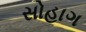
સોહાગ